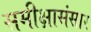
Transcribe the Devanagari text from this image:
समीक्षासंसार